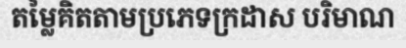
តម្លៃគិតតាមប្រភេទក្រដាស បរិមាណ